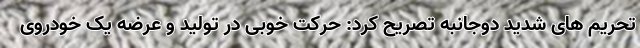
تحریم های شدید دوجانبه تصریح کرد: حرکت خوبی در تولید و عرضه یک خودروی